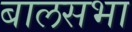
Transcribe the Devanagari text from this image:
बालसभा